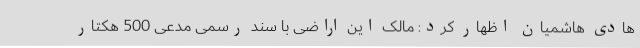
هادی هاشمیان اظهار کرد: مالک این اراضی با سند رسمی مدعی 500 هکتار